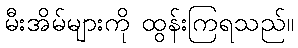
မီးအိမ်များကို ထွန်းကြရသည်။